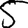
Digit: 5